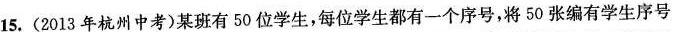
15.(2013年杭州中考)某班有50位学生，每位学生都有一个序号，将50张编有学生序号